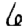
Digit: 6